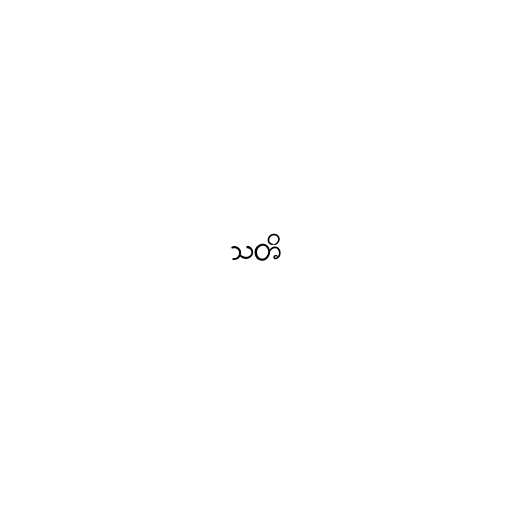
သတိ